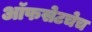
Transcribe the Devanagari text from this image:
ऑफसेटचेच